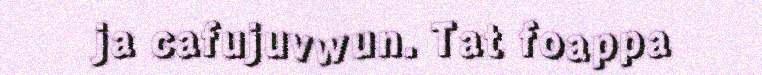
ja cafujuvwun. Tat foappa